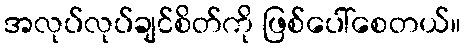
အလုပ်လုပ်ချင်စိတ်ကို ဖြစ်ပေါ်စေတယ်။